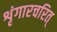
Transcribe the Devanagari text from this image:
शृंगारचरित्